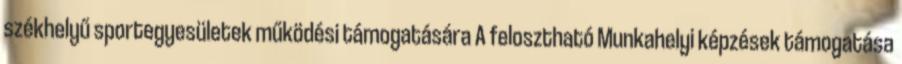
székhelyű sportegyesületek működési támogatására A felosztható Munkahelyi képzések támogatása